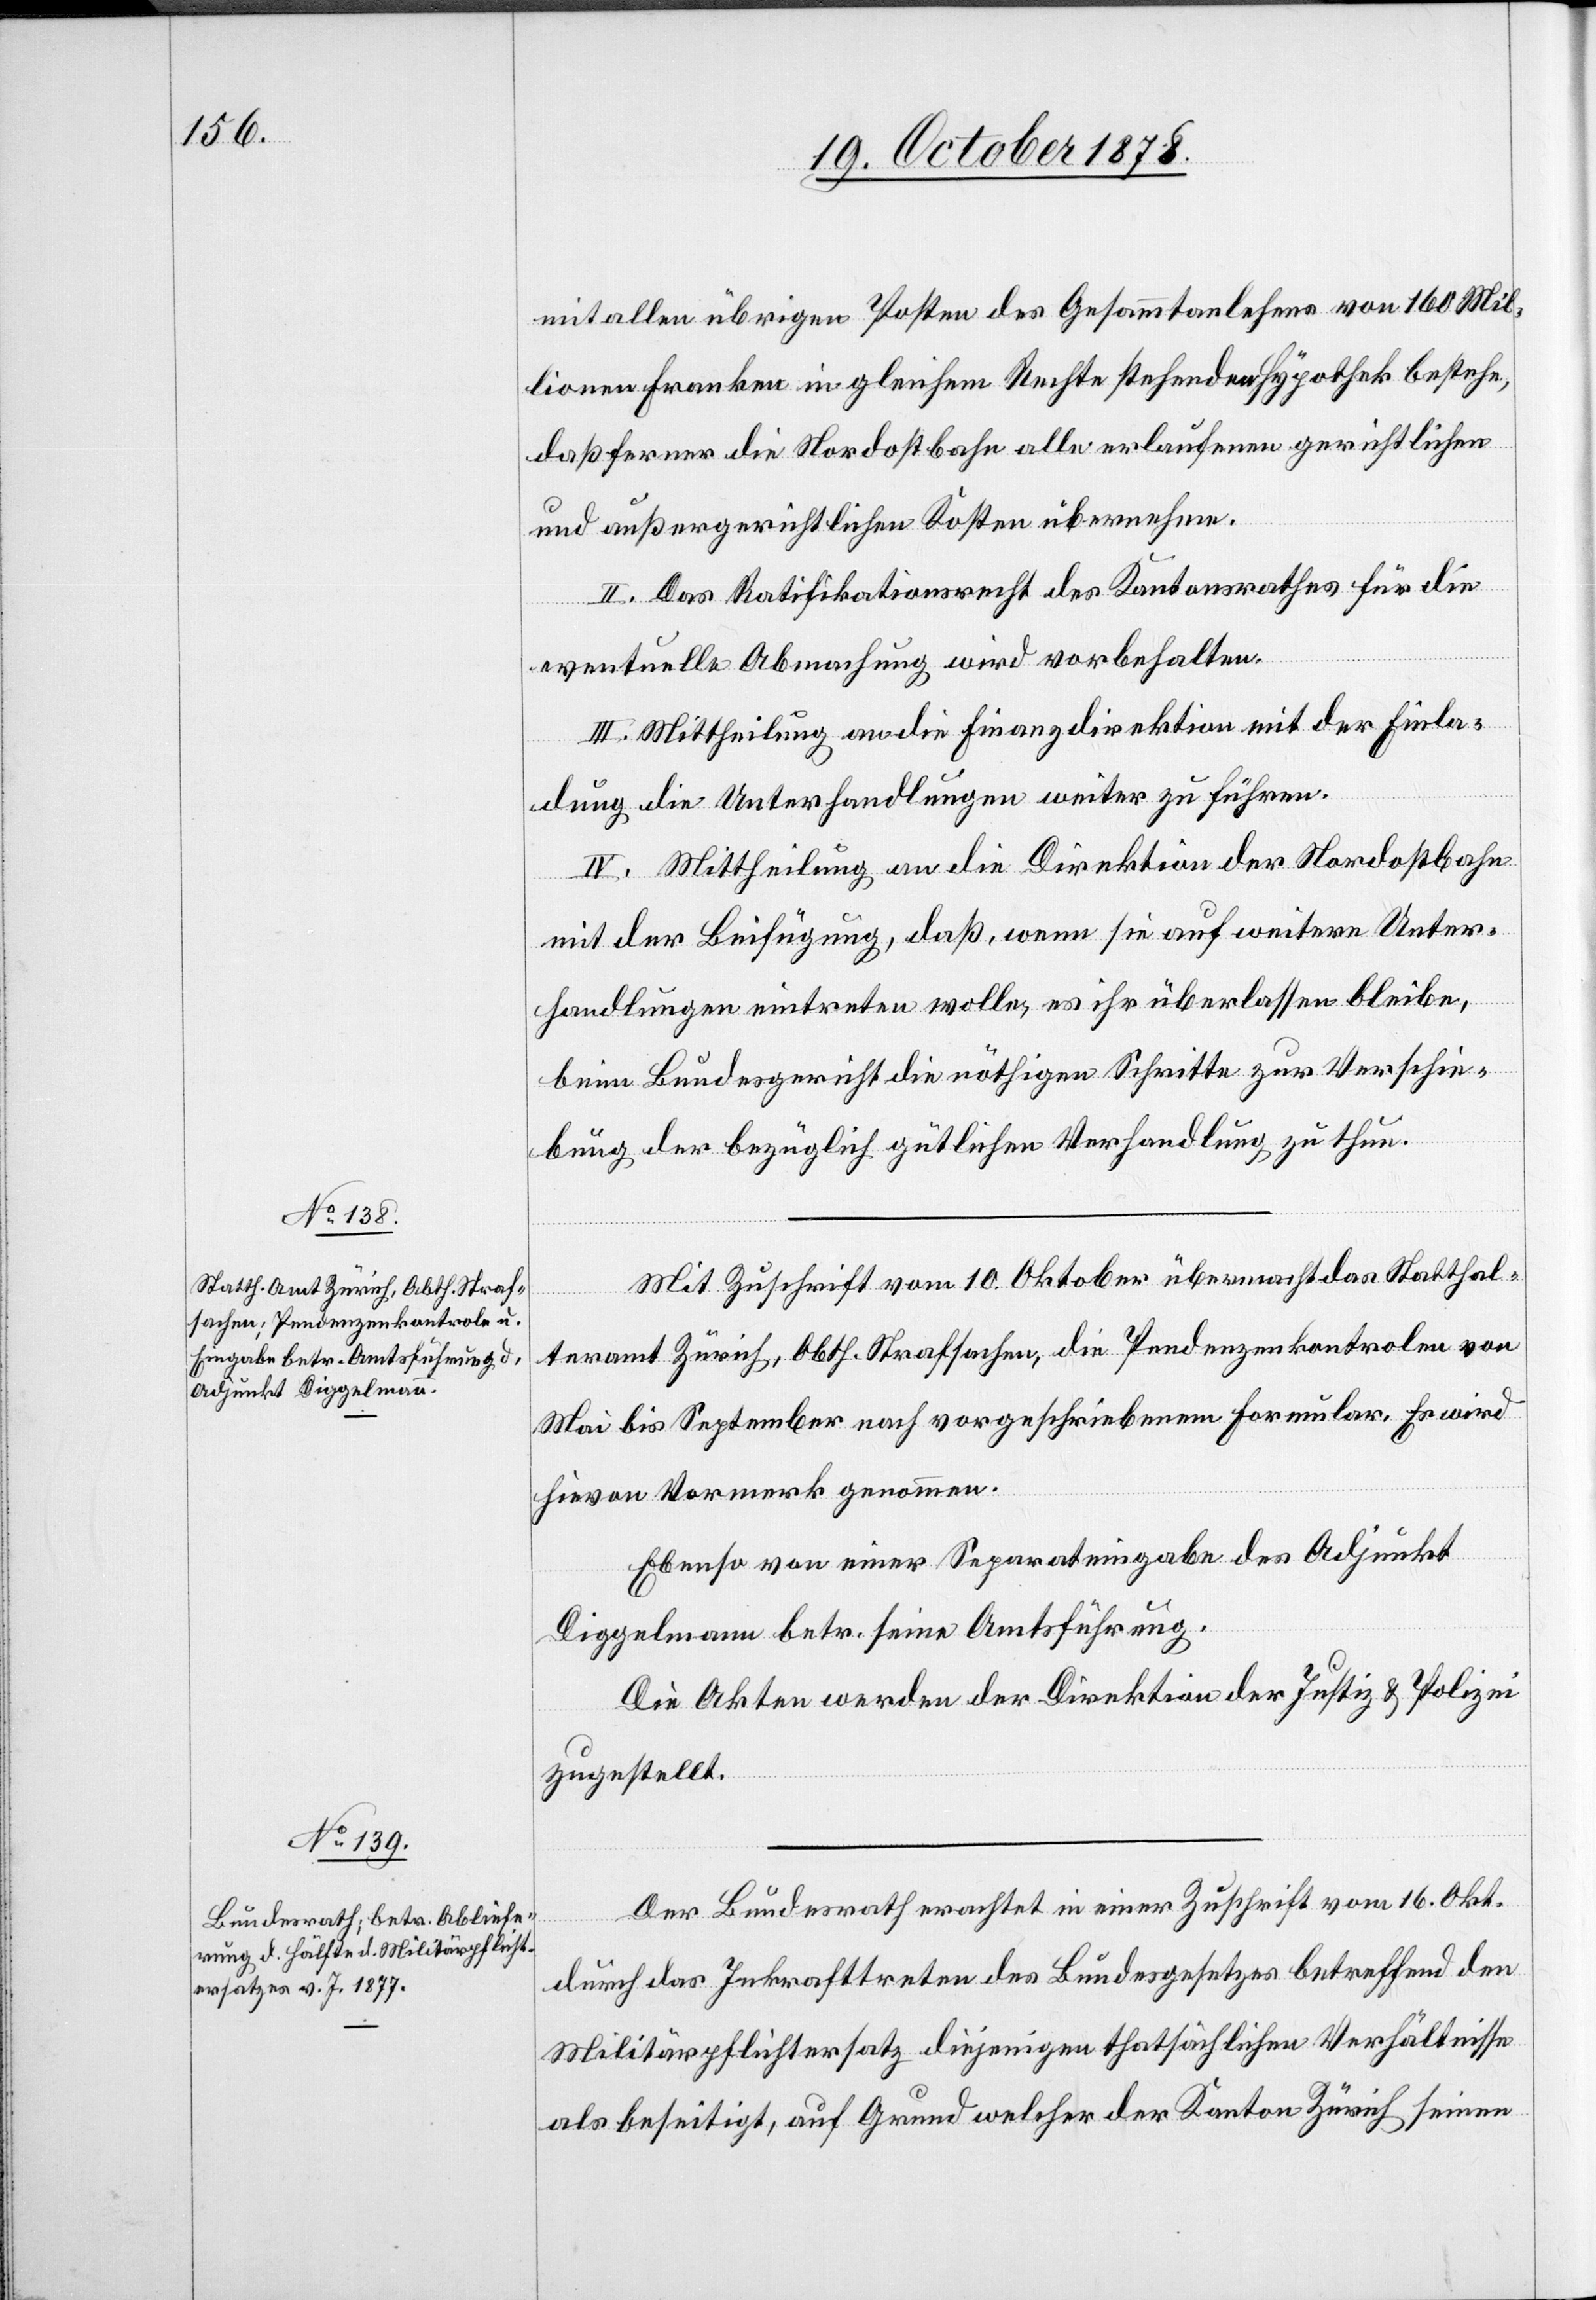
mit allen übrigen Posten des Gesammtanlehens von 160 Mil¬
lionen Franken in gleichem Rechte stehenden Hypothek bestehe,
daß ferner die Nordostbahn alle erlaufenen gerichtlichen
und außergerichtlichen Kosten übernehmen.
II. Das Ratifikationsrecht des Kantonsrathes für die
eventuelle Abmachung wird vorbehalten.
III. Mittheilung an die Finanzdirektion mit der Einla¬
dung die Unterhandlungen weiter zu führen.
IV. Mittheilung an die Direktion der Nordostbahn
mit der Beifügung, daß, wenn sie auf weitere Unter¬
handlungen eintreten wolle, es ihr überlassen bleibe,
beim Bundesgericht die nöthigen Schritte zur Verschie¬
bung der bezüglich gütlichen Verhandlung zu thun.
Mit Zuschrift vom 10. Oktober übermacht das Statthal¬
teramt Zürich, Abth. Strafsachen, die Pendenzenkontrolen von
Mai bis September nach vorgeschriebenem Formular. Es wird
hievon Vormerk genommen.
Ebenso von einer Separateingabe des Adjunkt
Diggelmann betr. seine Amtsführung.
Die Akten werden der Direktion der Justiz & Polizei
zugestellt.
Der Bundesrath erachtet in einer Zuschrift vom 16. Okt.
durch das Inkrafttreten des Bundesgesetzes betreffend den
Militärpflichtersatz diejenigen thatsächlichen Verhältnisse
als beseitigt, auf Grund welcher der Kanton Zürich seinen